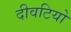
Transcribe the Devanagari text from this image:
दीवटियो